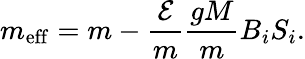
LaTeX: m_{\mathrm{eff}}=m-\frac{{\cal E}}{m}\frac{gM}{m}B_{i}S_{i}.